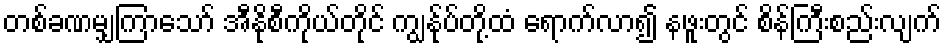
တစ်ခဏမျှကြာသော် အီနိုစီကိုယ်တိုင် ကျွန်ုပ်တို့ထံ ရောက်လာ၍ နဖူးတွင် စိန်ကြီးစည်းလျက်